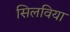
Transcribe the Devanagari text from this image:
सिलविया